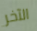
الآخر